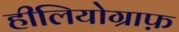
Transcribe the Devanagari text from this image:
हीलियोग्राफ़